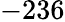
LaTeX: -236